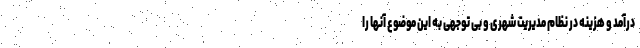
درآمد و هزینه در نظام مدیریت شهری و بی توجهی به این موضوع آنها را